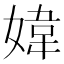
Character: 媁